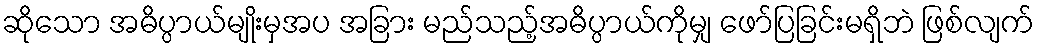
ဆိုသော အဓိပ္ပာယ်မျိုးမှအပ အခြား မည်သည့်အဓိပ္ပာယ်ကိုမျှ ဖော်ပြခြင်းမရှိဘဲ ဖြစ်လျက်